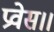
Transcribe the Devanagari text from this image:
प्रवेस।।